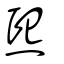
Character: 熙